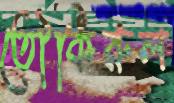
তৌকিরুল